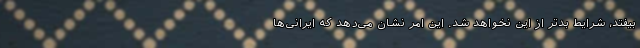
بیفتد، شرایط بدتر از این نخواهد شد. این امر نشان می‌دهد که ایرانی‌ها